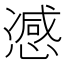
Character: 𢠔